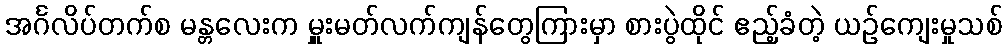
အင်္ဂလိပ်တက်စ မန္တလေးက မှူးမတ်လက်ကျန်တွေကြားမှာ စားပွဲထိုင် ဧည့်ခံတဲ့ ယဉ်ကျေးမှုသစ်